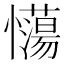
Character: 𢥉